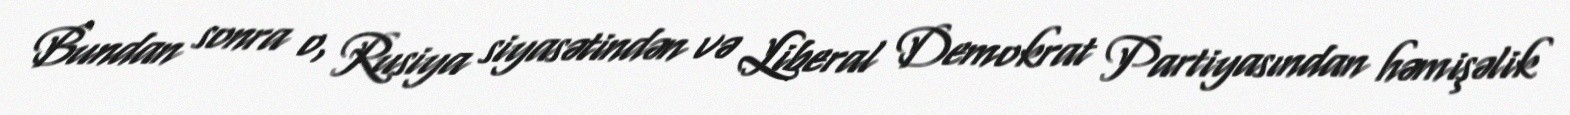
Bundan sonra o, Rusiya siyasətindən və Liberal Demokrat Partiyasından həmişəlik